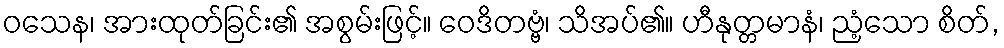
ဝသေန၊ အားထုတ်ခြင်း၏ အစွမ်းဖြင့်။ ဝေဒိတဗ္ဗံ၊ သိအပ်၏။ ဟီနုတ္တမာနံ၊ ညံ့သော စိတ်,